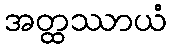
အတ္ထဿာယံ